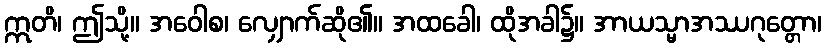
ဣတိ၊ ဤသို့။ အဝေါစ၊ လျှောက်ဆို၏။ အထခေါ၊ ထိုအခါ၌။ အာယသ္မာအဿဂုတ္တော၊